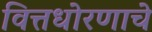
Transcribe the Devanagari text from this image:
वित्तधोरणाचे